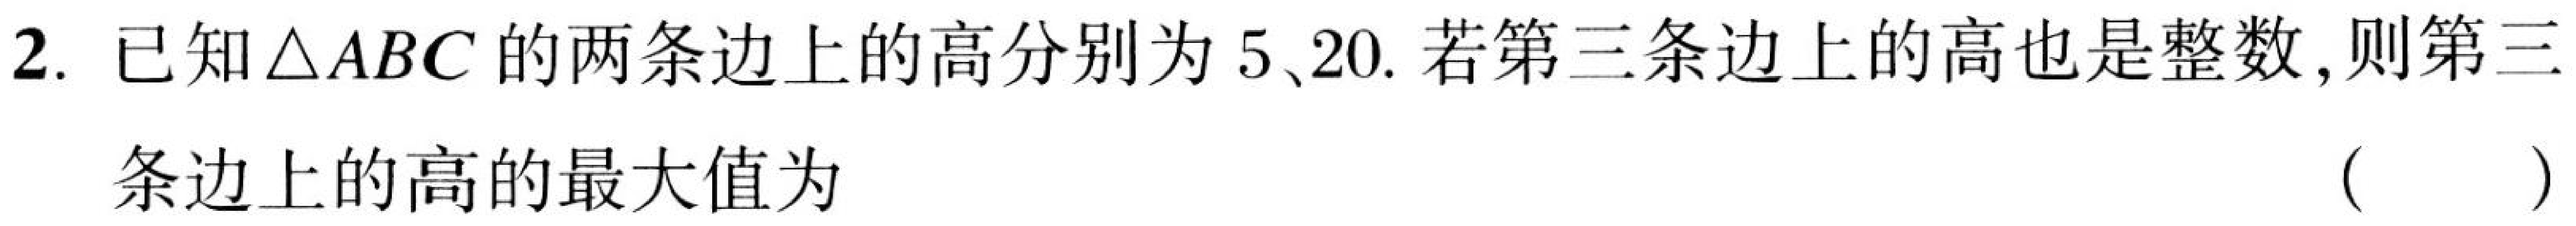
2. 已知\(\triangle ABC\)的两条边上的高分别为\(5\)、\(20\). 若第三条边上的高也是整数,则第三
条边上的高的最大值为 （  ）